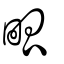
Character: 畖